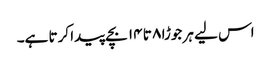
اس لیے ہر جوڑا ۸ تا ۱۴ بچے پیدا کرتا ہے۔